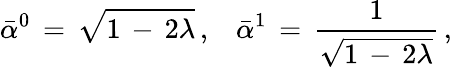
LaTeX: \bar{\alpha}^{0}\, =\, \sqrt{1\, -\, 2\lambda}\, {,}\quad\bar{\alpha}^{1}\, =\, \frac{1}{\sqrt{1\, -\, 2\lambda}}\, {,}